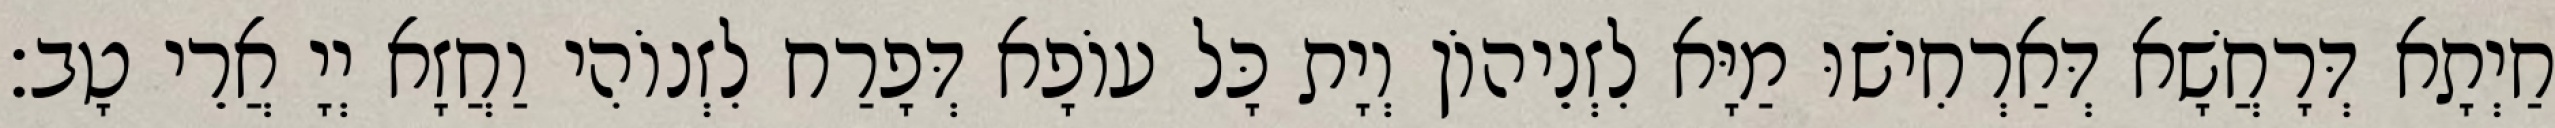
חַיְתָא דְּרָחֲשָׁא דְּאַרְחִישׁוּ מַיָּא לִזְנֵיהוֹן וְיָת כָּל עוֹפָא דְּפָרַח לִזְנוֹהִי וַחֲזָא יְיָ אֲרֵי טָב׃